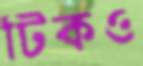
টিকও